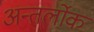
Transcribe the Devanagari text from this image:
अन्तर्लोक